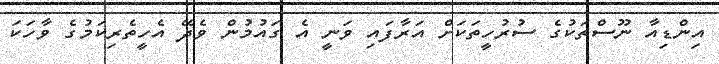
އިންޑިއާ ނޫސްތަކުގެ ސުރުހީތަކަށް އަރާފައި ވަނީ އެ ގައުމުން ވެދޭ އެހީތެރިކަމުގެ ވާހަކަ